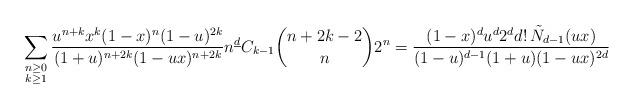
LaTeX: \begin{align*} \sum_{\substack{n\geq 0\\ k\geq 1}} \frac{u^{n+k} x^{k} (1-x)^{n} (1-u)^{2k}}{(1+u)^{n+2k} (1-ux)^{n+2k}} n^{\underline{d}} C_{k-1} \binom{n+2k-2}{n} 2^{n} = \frac{(1-x)^{d} u^{d} 2^{d} d!\, \tilde N_{d-1}(ux)}{(1-u)^{d-1} (1+u) (1-ux)^{2d}}\end{align*}